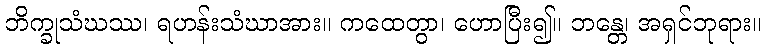
ဘိက္ခုသံဃဿ၊ ရဟန်းသံဃာအား။ ကထေတွာ၊ ဟောပြီး၍။ ဘန္တေ၊ အရှင်ဘုရား။